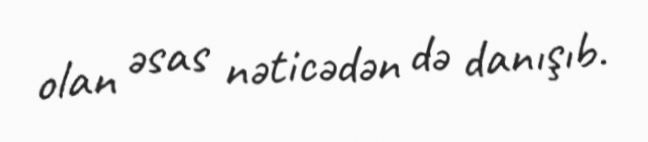
olan əsas nəticədən də danışıb.